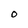
Character: O